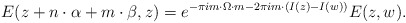
\begin{align*}E(z+{n}\cdot {\alpha} +{m}\cdot {\beta},z)=e^{-\pi i m\cdot \Omega\cdot m -2\pi i m\cdot\left(I(z)-I(w)\right)}E(z,w).\end{align*}